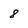
Character: 8